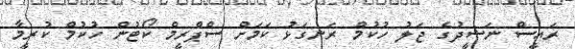
ރައީސް ނަޝީދުގެ ޖަލު ހުކުމް ރަނގަޅު ކަމަށް ސްޕްރީމް ކޯޓުން ހުކުމް ކުރީމާ